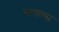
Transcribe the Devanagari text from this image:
पाषाण्स्र